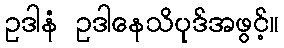
ဥဒါနံ ဥဒါနေသိပုဒ်အဖွင့်။